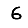
Digit: 6